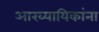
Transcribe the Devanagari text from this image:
आख्यायिकांना